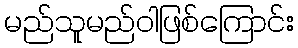
မည်သူမည်ဝါဖြစ်ကြောင်း